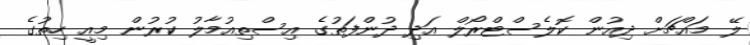
ލޭ މައްޗަށް ދިއުން ކޮލެސްޓްރޯލް އަދި ދުންފަތުގެ އިސްތިއުމާލު ކުރުން މިއީ ހިތުގެ